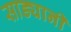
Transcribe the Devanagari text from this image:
साड्यानी